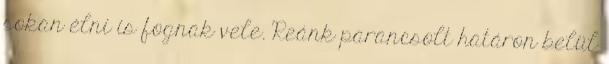
sokan élni is fognak vele. Reánk parancsolt határon belül